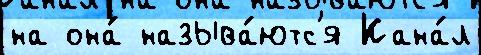
на она́ называ́ютс'я Кана́л